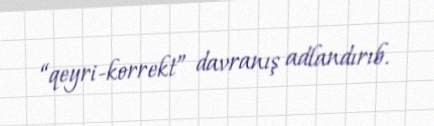
“qeyri-korrekt” davranış adlandırıb.